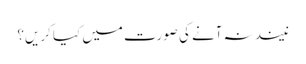
نیند نہ آنے کی صورت میں کیا کریں؟